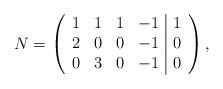
LaTeX: \begin{align*}N =\left(\begin{array}{cccc|c}1 & 1 & 1 & -1 & 1 \\2 & 0 & 0 & -1 & 0 \\0 & 3 & 0 & -1 & 0\end{array}\right),\end{align*}